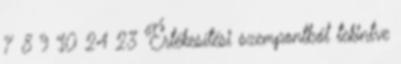
7 8 9 10 24 23 Értékesítési szempontból tekintve